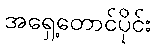
အရှေ့တောင်ပိုင်း